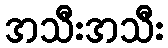
အသီးအသီး